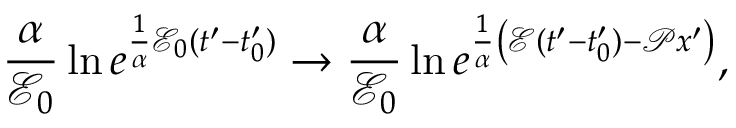
\frac { \alpha } { \mathscr { E } _ { 0 } } \ln e ^ { \frac { 1 } { \alpha } \mathscr { E } _ { 0 } ( t ^ { \prime } - t _ { 0 } ^ { \prime } ) } \to \frac { \alpha } { \mathscr { E } _ { 0 } } \ln e ^ { \frac { 1 } { \alpha } \left( \mathscr { E } ( t ^ { \prime } - t _ { 0 } ^ { \prime } ) - \mathscr { P } x ^ { \prime } \right) } ,